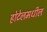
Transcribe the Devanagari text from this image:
होटेलमधील